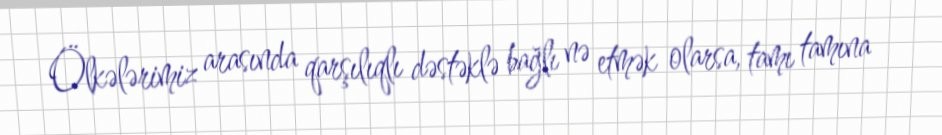
Ölkələrimiz arasında qarşılıqlı dəstəklə bağlı nə etmək olarsa, tamı tamına